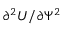
\partial ^ { 2 } U / \partial \Psi ^ { 2 }